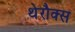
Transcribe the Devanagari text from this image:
थेरौक्स